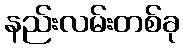
နည်းလမ်းတစ်ခု